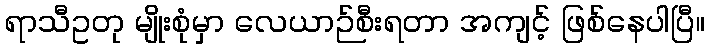
ရာသီဥတု မျိုးစုံမှာ လေယာဉ်စီးရတာ အကျင့် ဖြစ်နေပါပြီ။